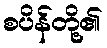
စပိန်တို့၏